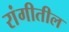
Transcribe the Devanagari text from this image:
रांगीतील